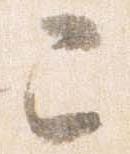
已